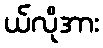
ယ်လိုအား